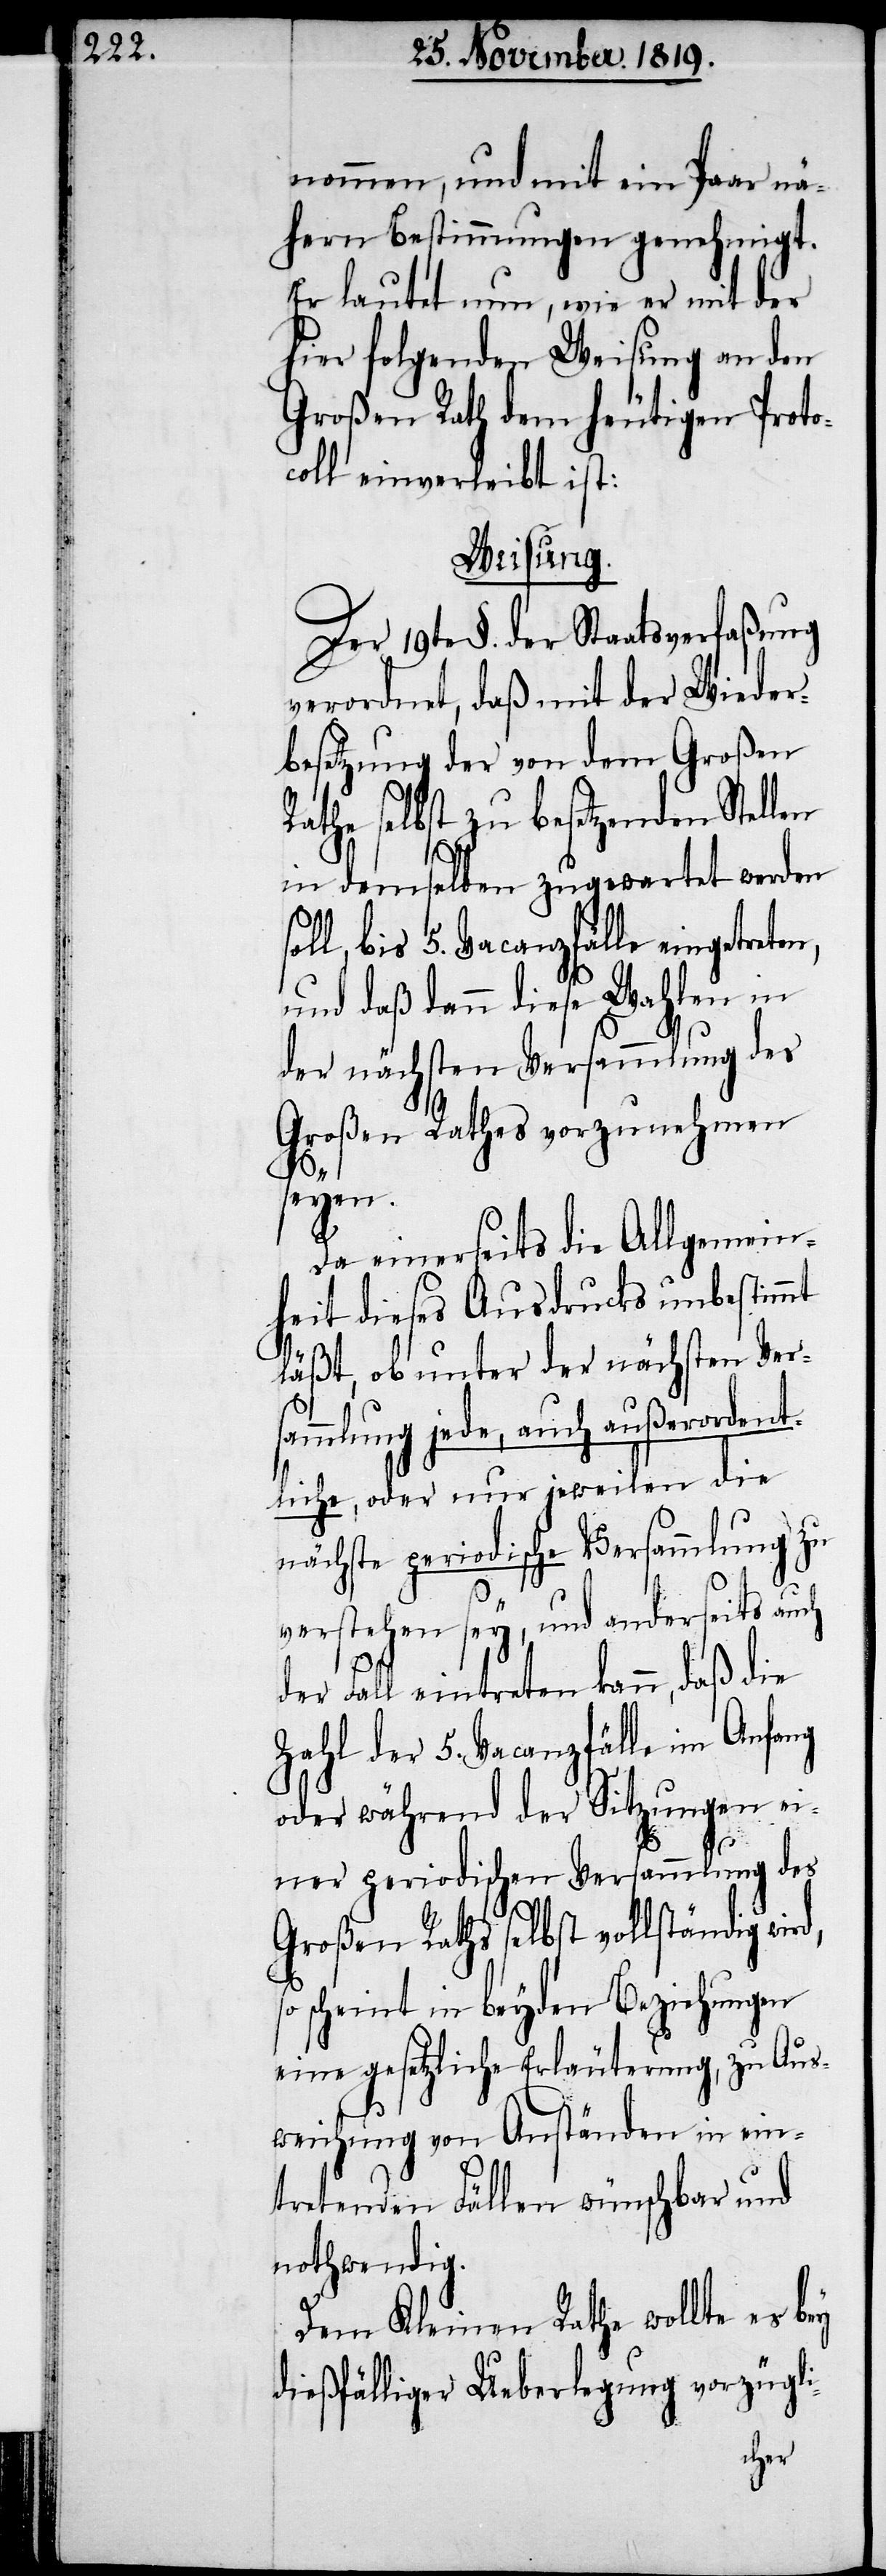
nommen, und mit ein Paar nä¬
hern Bestimmungen genehmigt.
Er lautet nun, wie er mit der
hier folgenden Weisung an den
Große Rath dem heutigen Proto¬
coll einverleibt ist:
Weisung.
Der 19te §. der Staatsverfaßung
verordnet, daß mit der Wieder¬
besetzung der von dem Großen
Rathe selbst zu besetzenden Stellen
in demselben zugewartet werden
oll, bis 5. Vacanzfälle eingetrete¬
und daß dann diese Wahlen in
der nächsten Versammlung des
d,
Großen Rathes vorzunehmen
seyen.
so
Da einerseits die Allgemein¬
heit dieses Ausdrucks unbestimmt
läßt, ob unter der nächsten Ver¬
sammlung jede, auch außerodent¬
liche, oder nur jeweilen die
nächste periodische Versammlung zu
verstehen sey, und anderseits au¬
der Fall eintreten kann, daß die
Zahl der 5. Vacanzfälle im Anfang
oder während der Sitzungen ei¬
ner periodischen Versammlung des
Großen Raths selbst vollständig wir¬
scheint in beyden Beziehungen
eine gesetzliche Erläuterung, zu Aus¬
weichung von Anständen in ein¬
tretenden Fällen wünschbar und
nothwendig.
Dem Kleinen Rathe wollte es
dießfälliger Ueberlegung vorzügli-